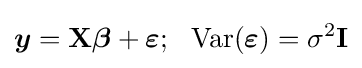
{\boldsymbol {y}}=\mathbf {X} {\boldsymbol {\beta }}+{\boldsymbol {\varepsilon }};\ \ \operatorname {Var} ({\boldsymbol {\varepsilon }})=\sigma ^{2}\mathbf {I}